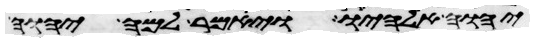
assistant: יהוה אלהיו ויאמר למה יהוה